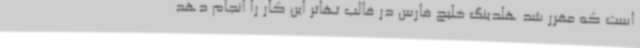
است که مقرر شد هلدینگ خلیج فارس در قالب تهاتر این کار را انجام دهد